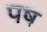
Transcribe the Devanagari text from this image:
पष